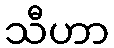
သီဟာ